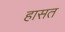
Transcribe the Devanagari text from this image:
हासत